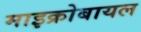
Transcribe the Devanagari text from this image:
माइक्रोबायल